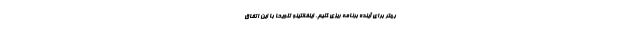
بهتر برای آینده برنامه ریزی کنیم. اینفانتینو تلویحا با این اتفاق